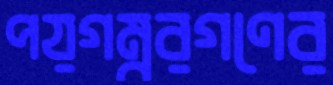
পয়গম্বরগণের